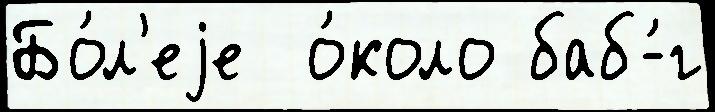
Бо́л'еjе  о́коло баб-́г